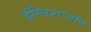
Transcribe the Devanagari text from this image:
इंग्लिशःजॉन